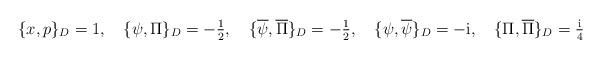
LaTeX: \begin{align*}\textstyle\{x,p\}_{D}=1,\quad \{\psi ,\Pi \}_{D}=-\frac{1}{2},\quad \{\overline{\psi} ,\overline{\Pi}\}_{D}=-\frac{1}{2},\quad \{\psi ,\overline{\psi }\}_{D}=-{\rm i},\quad \{\Pi ,\overline{\Pi }\}_{D}=\frac{\rm i}{4}\end{align*}